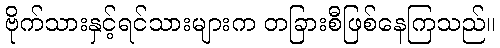
ဗိုက်သားနှင့်ရင်သားများက တခြားစီဖြစ်နေကြသည်။